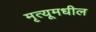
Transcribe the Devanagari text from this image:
मृत्यूमधील